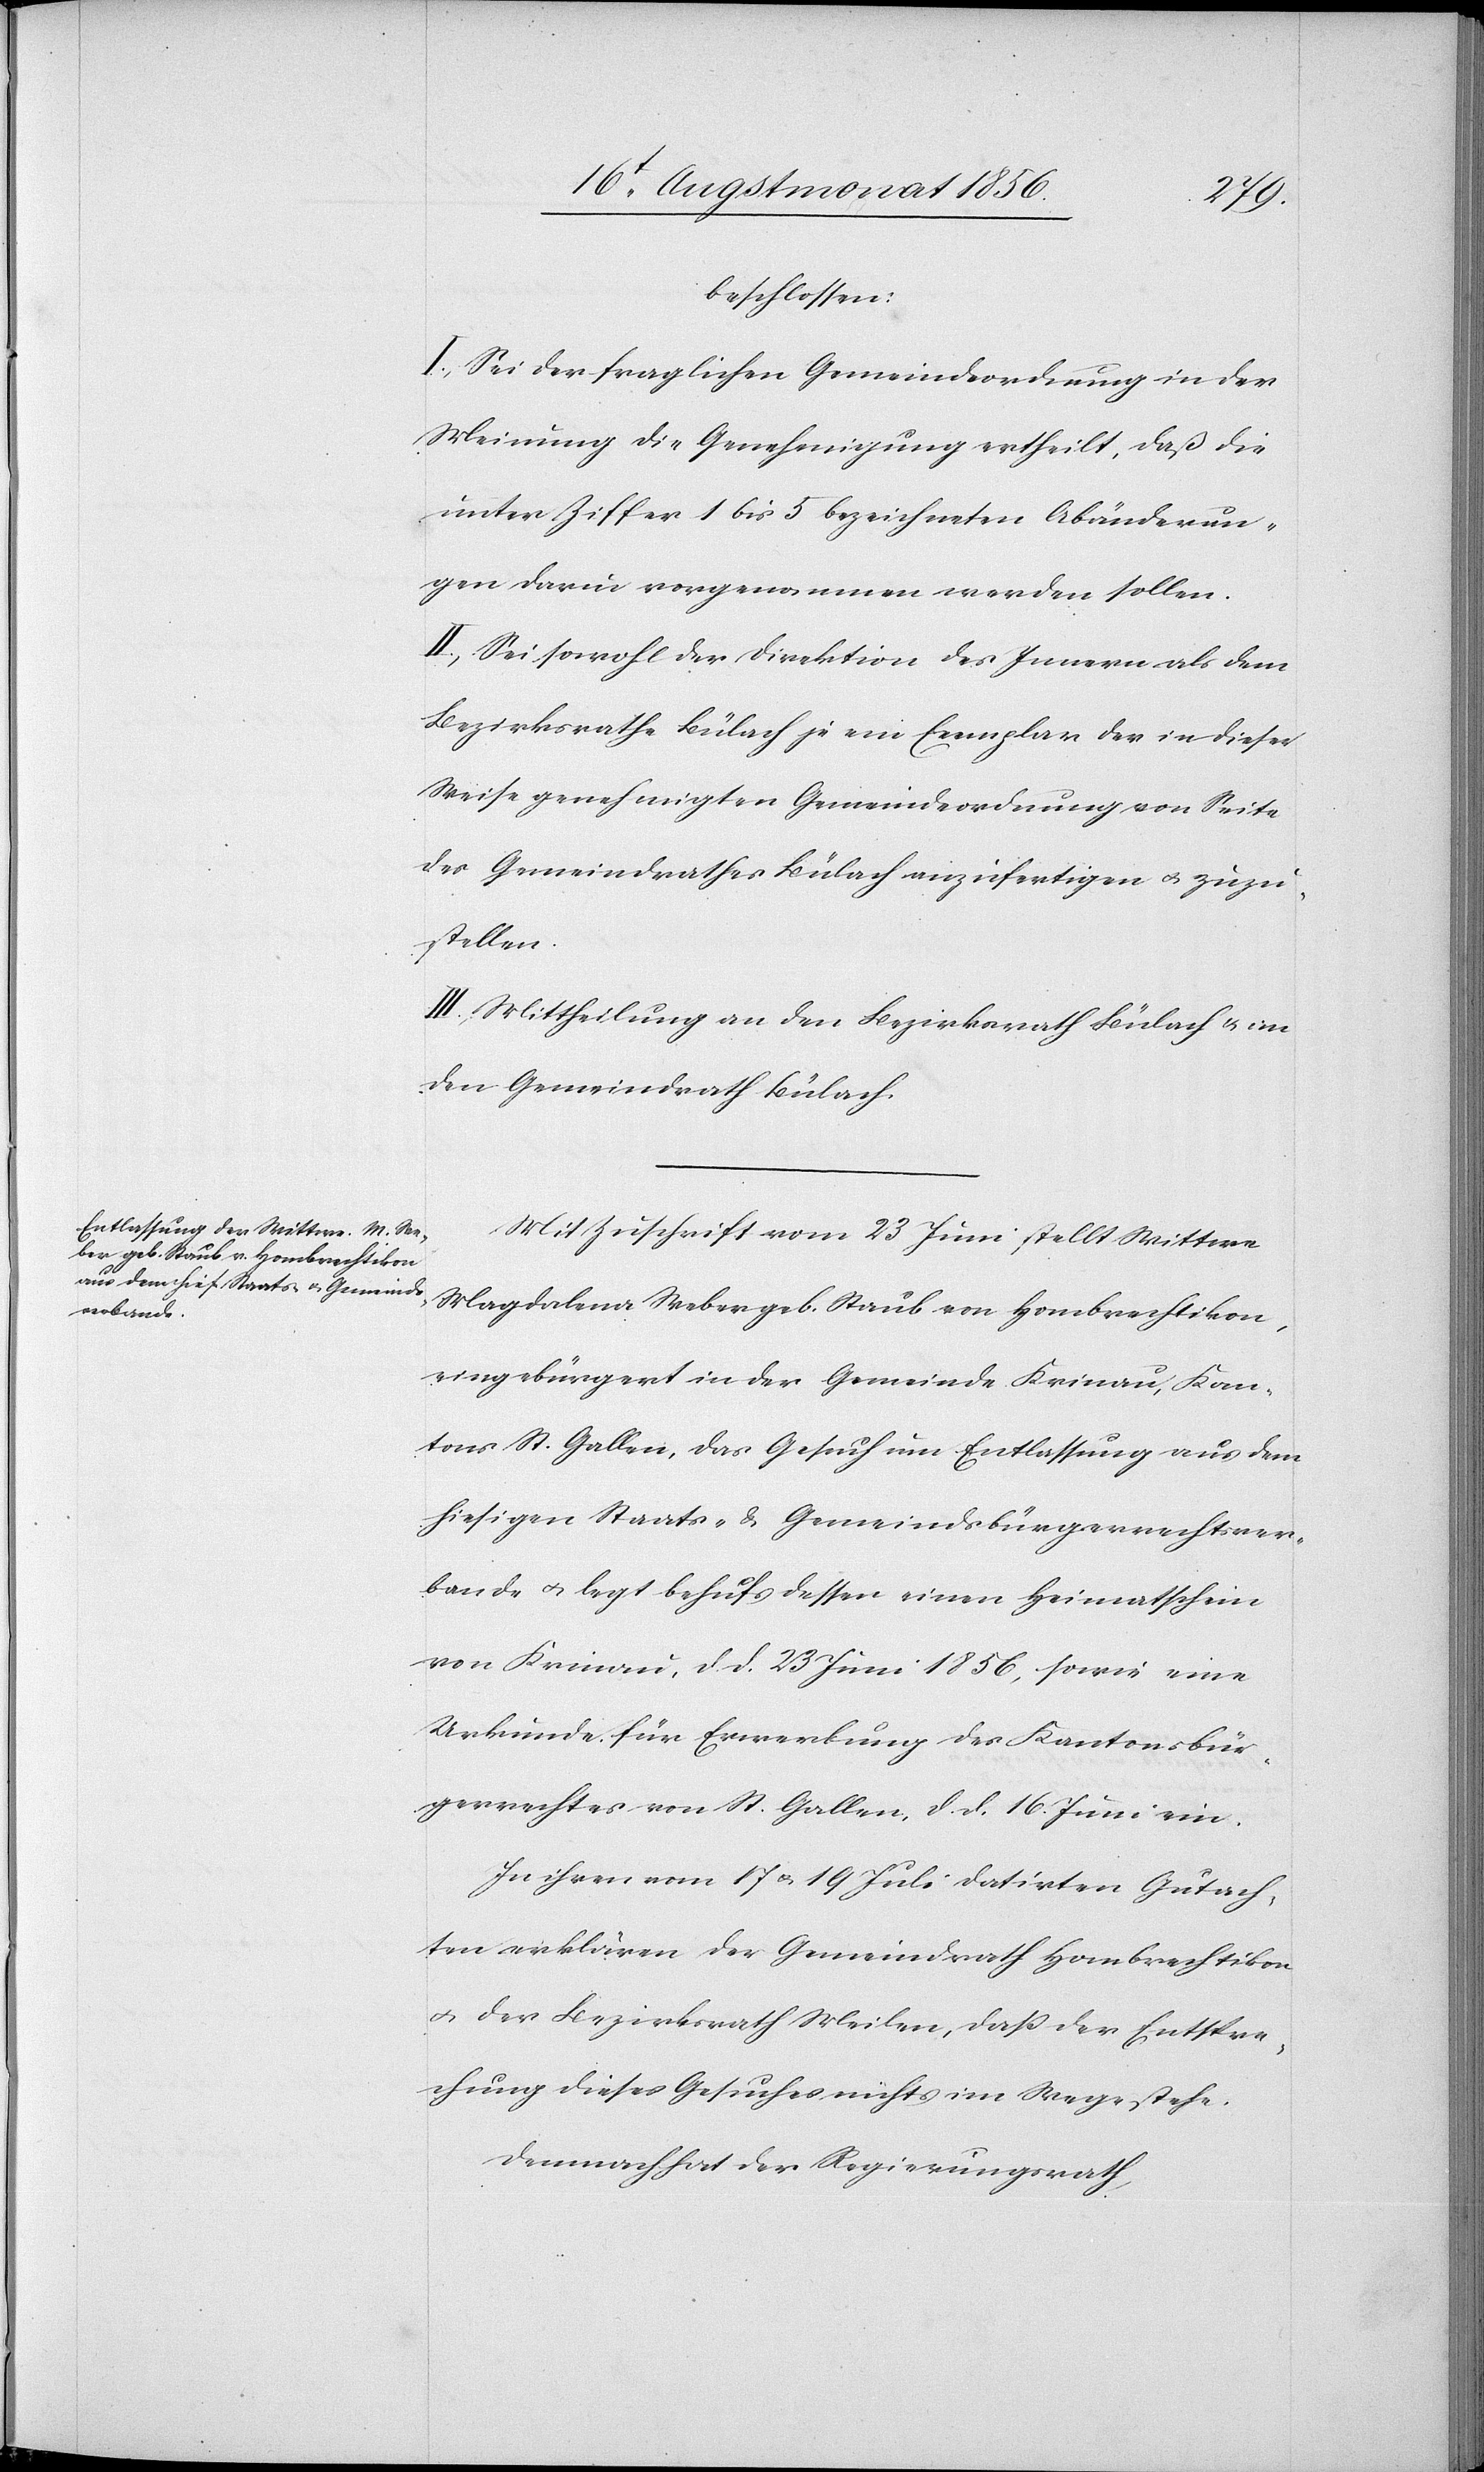
beschlossen:
I.) Sei der fraglichen Gemeindeordnung in der
Meinung die Genehmigung ertheilt, daß die
unter Ziffer 1 bis 5 bezeichneten Abänderun¬
gen darin vorgenommen werden sollen.
II.) Sei sowohl der Direktion des Innern als dem
Bezirksrathe Bülach je ein Exemplar der in dieser
Weise genehmigten Gemeindeordnung von Seite
des Gemeindrathes Bülach anzufertigen u. zuzu¬
stellen.
III.) Mittheilung an den Bezirksrath Bülach u. an
den Gemeindrath Bülach.
Mit Zuschrift vom 23 Juni stellt Wittwe
Magdalena Weber geb. Staub von Hombrechtikon,
eingebürgert in der Gemeinde Krinau, Kan¬
tons St. Gallen, das Gesuch um Entlassung aus dem
hiesigen Staats- & Gemeindsbürgerrechtsver¬
bande u. legt behufs dessen einen Heimatschein
von Krinau, d. d. 23 Juni 1856, sowie eine
Urkunde für Erwerbung des Kantonsbür¬
gerrechtes von St. Gallen, d. d. 16. Juni ein.
In ihren vom 17 u. 19 Juli datirten Gutach¬
ten erklären der Gemeindrath Hombrechtikon
u. der Bezirksrath Meilen, dass der Entspre¬
chung dieses Gesuches nichts im Wege stehe.
Demnach hat der Regierungsrath,